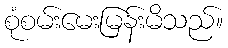
စုံစမ်းမေးမြန်းမိသည်။